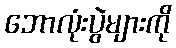
ဘောလုံးပွဲများကို